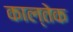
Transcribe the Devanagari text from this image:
काल्तेक